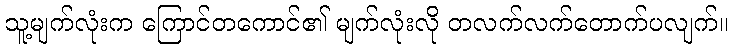
သူ့မျက်လုံးက ကြောင်တကောင်၏ မျက်လုံးလို တလက်လက်တောက်ပလျက်။